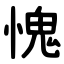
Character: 愧